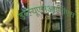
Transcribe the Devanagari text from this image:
डब्ल्यूएसआईपीएस